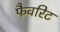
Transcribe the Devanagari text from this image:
फैवरिट